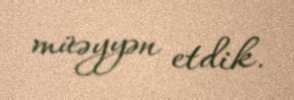
müəyyən etdik.